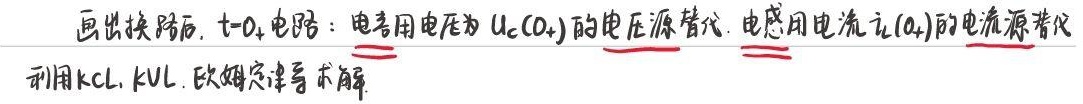
画出换路后，\(t = 0_{+}\)电路：电容用电压为\(u_{C}(0_{+})\)的电压源替代，电感用电流\(i_{L}(0_{+})\)的电流源替代
利用KCL，KVL，欧姆定律等求解